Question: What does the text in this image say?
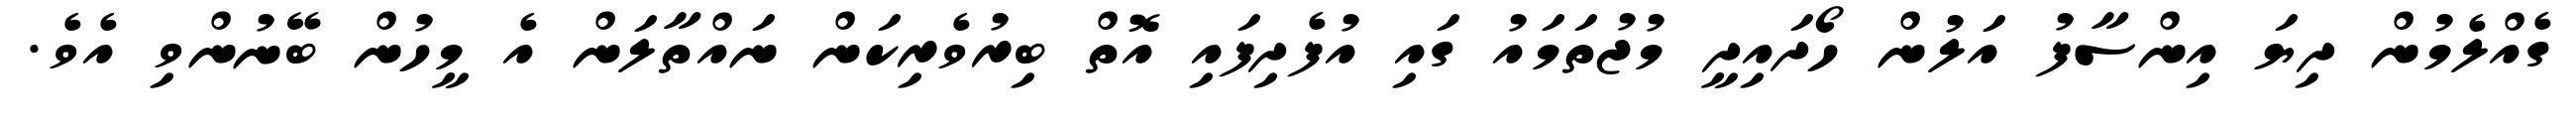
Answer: ގެއްލެމުން ދިޔަ އިންސާފު އަލުން ހޯދައިދީ މުޖުތަމައު ގައި އުފެދިފައި އޮތް ބިރުވެރިކަން ނައްތާލަން އެ މީހުން ބޭނުންވި އެވެ.